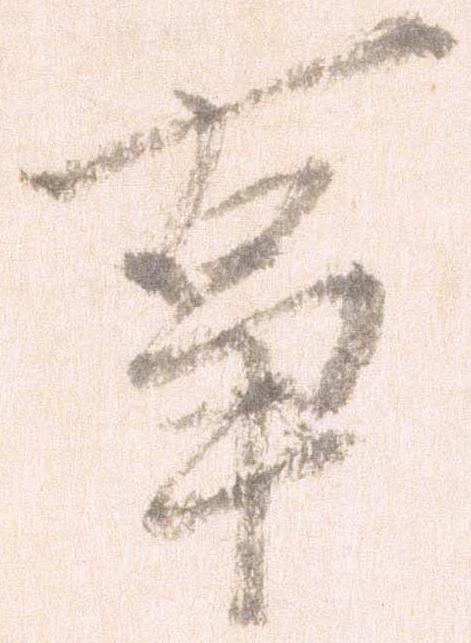
事